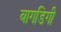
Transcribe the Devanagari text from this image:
बागडिगी